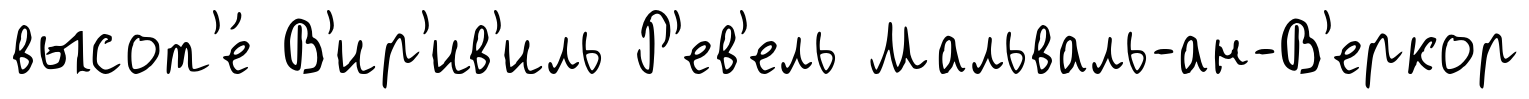
высот'е́ В'ир'ив'иль Р'ев'ель Мальваль-ан-В'еркор